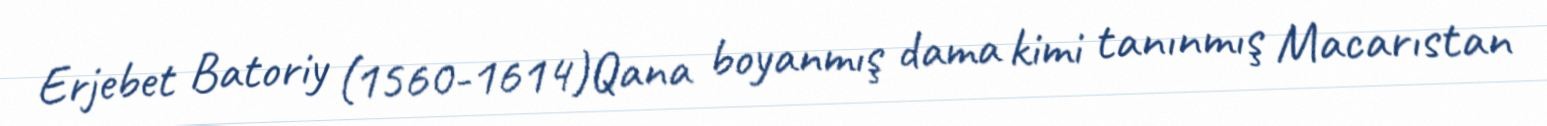
Erjebet Batoriy (1560-1614)Qana boyanmış dama kimi tanınmış Macarıstan